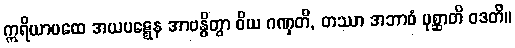
ဣရိယာပထေ အယပဋ္ဋေန အာဗန္ဓိတွာ ဝိယ ဂဏှတိ, တဿာ အဘာဝံ ပုစ္ဆာတိ ဝဒတိ။